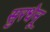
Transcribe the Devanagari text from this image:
सुरधेनू